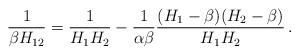
LaTeX: \begin{align*}\frac {1}{\beta H_{12}} = \frac {1}{H_1H_2} - \frac {1}{\alpha\beta} \frac {(H_1-\beta)(H_2-\beta)}{H_1H_2}\,.\end{align*}